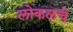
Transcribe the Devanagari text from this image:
लोकलचे